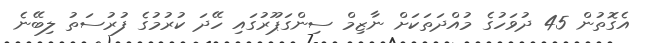
އެގޮތުން 45 ދުވަހުގެ މުއްދަތަކަށް ނާޒިމް ސިންގަޕޫރުގައި ހޭދަ ކުރުމުގެ ފުރުސަތު ލިބޭނެ